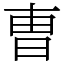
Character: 曺